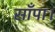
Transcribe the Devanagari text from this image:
साँपा।